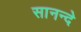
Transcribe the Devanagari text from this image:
सानन्दे